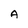
Character: A